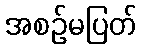
အစဉ်မပြတ်